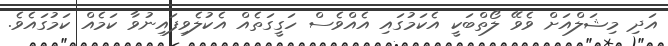
އަދި މިޝަލްއަށް ވެވޭ ލޯތްބަކީ އެކަމުގައި އެއްވެސް ހަގީގަތެއް އެކުލެވިފައިނުވާ ކަމެއް ކަމުގައެވެ.